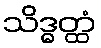
သိဒ္ဓတ္ထံ